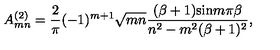
A _ { m n } ^ { ( 2 ) } = { \frac { 2 } { \pi } } ( - 1 ) ^ { m + 1 } \sqrt { m n } { \frac { ( \beta + 1 ) \mathrm { s i n } m \pi \beta } { n ^ { 2 } - m ^ { 2 } ( \beta + 1 ) ^ { 2 } } } ,